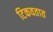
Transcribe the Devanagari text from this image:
टिकवतात